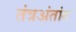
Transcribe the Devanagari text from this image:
तंत्रअंतांग